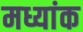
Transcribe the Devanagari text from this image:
मध्यांक